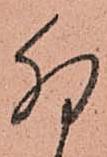
卯